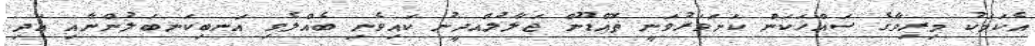
އެކަމަކު މިރިވާގެ ސައްހަކަން ކަށަވަރުވަނީ ތޮއްޑޫން ޖަލާލުއްދީނު ކައިވެނި ބެއްލެވި އަނބިކަނބަލުންނާއި އަދި